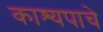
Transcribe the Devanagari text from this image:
काश्यपाचे